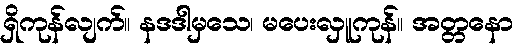
ရှိကုန်လျက်။ နဒဒါမှသေ၊ မပေးလှူကုန်။ အတ္တနော